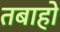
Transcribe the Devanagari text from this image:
तबाहो